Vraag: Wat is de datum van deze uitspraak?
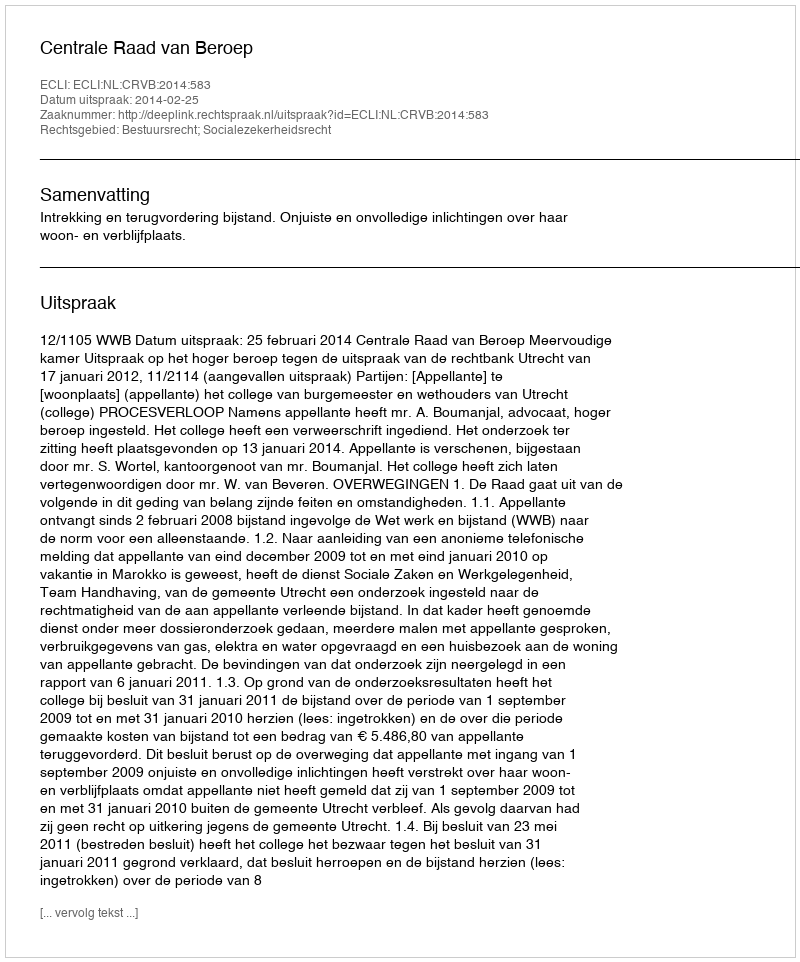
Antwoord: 2014-02-25